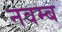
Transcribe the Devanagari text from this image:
नवम्ब